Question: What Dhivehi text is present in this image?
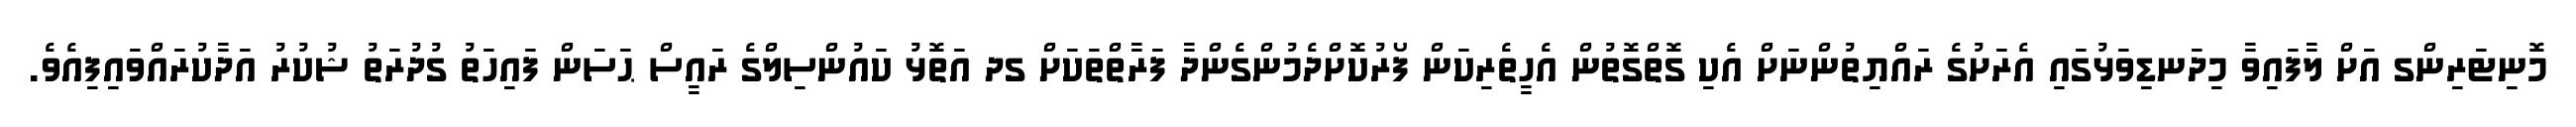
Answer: މޮނިޓަރިންގ އަށް ލާފައިވާ މިދަނޑިވަޅުގައި އެރަށުގެ ރައްޔިތުންނަށް އެކި ގޮތްގޮތުން އެހީތެރިކަން ފޯރުކޮށްދެމުންގެންދާ ފަރާތްތަކަށް ގދ އަތޮޅު ކައުންސިލްގެ ރައީސް ޙަސަން ފައިހަތު ގުދުރަތު ޝުކުރު އަދާކުރައްވައިފިއެވެ.